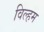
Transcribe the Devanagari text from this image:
विल्हम